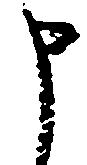
申